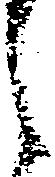
之